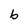
Character: b